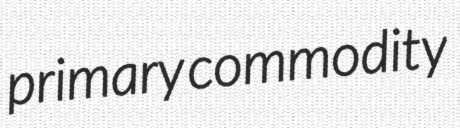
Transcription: primary commodity